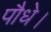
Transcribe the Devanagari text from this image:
पौधे।